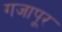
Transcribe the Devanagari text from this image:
गजापूर